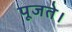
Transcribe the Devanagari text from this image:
पूजते।